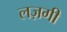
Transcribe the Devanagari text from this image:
लज़गी